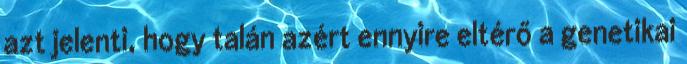
azt jelenti, hogy talán azért ennyire eltérő a genetikai